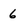
Character: 6